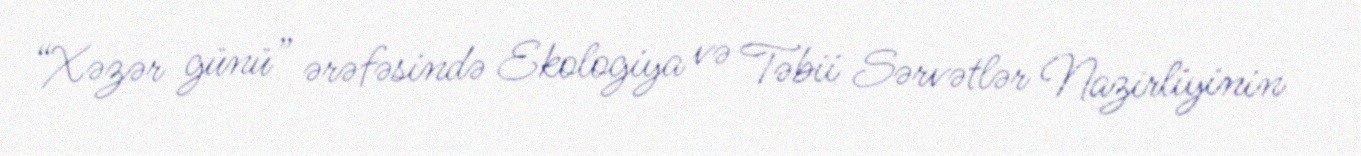
“Xəzər günü” ərəfəsində Ekologiya və Təbii Sərvətlər Nazirliyinin